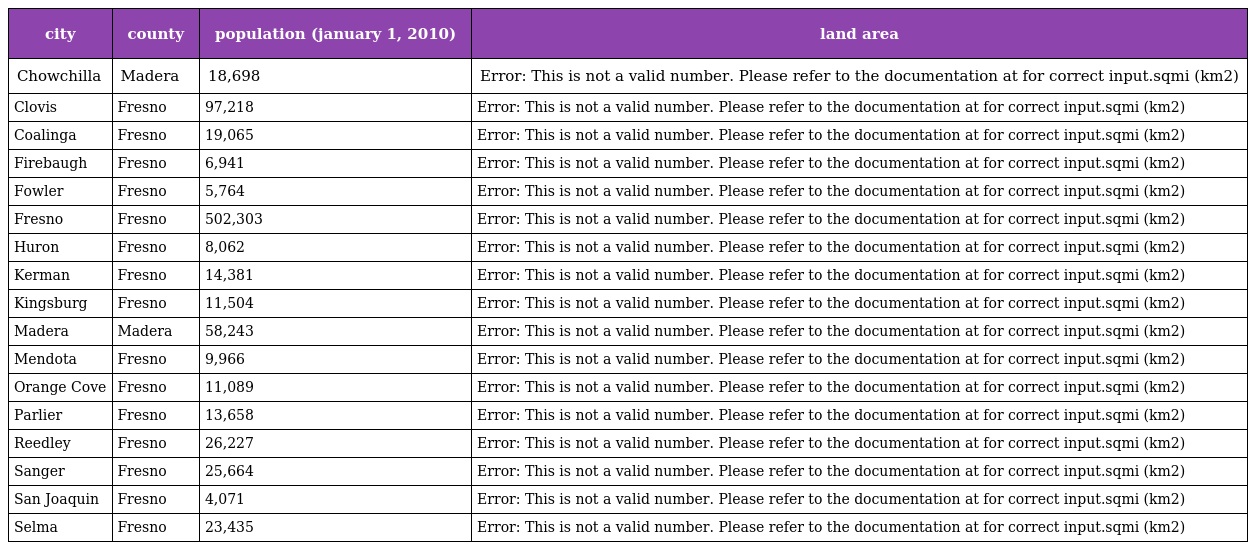
| city | county | population (january 1, 2010) | land area |
 | --- | --- | --- | --- |
 | Chowchilla | Madera | 18,698 | Error: This is not a valid number. Please refer to the documentation at for correct input.sqmi (km2) |
 | Clovis | Fresno | 97,218 | Error: This is not a valid number. Please refer to the documentation at for correct input.sqmi (km2) |
 | Coalinga | Fresno | 19,065 | Error: This is not a valid number. Please refer to the documentation at for correct input.sqmi (km2) |
 | Firebaugh | Fresno | 6,941 | Error: This is not a valid number. Please refer to the documentation at for correct input.sqmi (km2) |
 | Fowler | Fresno | 5,764 | Error: This is not a valid number. Please refer to the documentation at for correct input.sqmi (km2) |
 | Fresno | Fresno | 502,303 | Error: This is not a valid number. Please refer to the documentation at for correct input.sqmi (km2) |
 | Huron | Fresno | 8,062 | Error: This is not a valid number. Please refer to the documentation at for correct input.sqmi (km2) |
 | Kerman | Fresno | 14,381 | Error: This is not a valid number. Please refer to the documentation at for correct input.sqmi (km2) |
 | Kingsburg | Fresno | 11,504 | Error: This is not a valid number. Please refer to the documentation at for correct input.sqmi (km2) |
 | Madera | Madera | 58,243 | Error: This is not a valid number. Please refer to the documentation at for correct input.sqmi (km2) |
 | Mendota | Fresno | 9,966 | Error: This is not a valid number. Please refer to the documentation at for correct input.sqmi (km2) |
 | Orange Cove | Fresno | 11,089 | Error: This is not a valid number. Please refer to the documentation at for correct input.sqmi (km2) |
 | Parlier | Fresno | 13,658 | Error: This is not a valid number. Please refer to the documentation at for correct input.sqmi (km2) |
 | Reedley | Fresno | 26,227 | Error: This is not a valid number. Please refer to the documentation at for correct input.sqmi (km2) |
 | Sanger | Fresno | 25,664 | Error: This is not a valid number. Please refer to the documentation at for correct input.sqmi (km2) |
 | San Joaquin | Fresno | 4,071 | Error: This is not a valid number. Please refer to the documentation at for correct input.sqmi (km2) |
 | Selma | Fresno | 23,435 | Error: This is not a valid number. Please refer to the documentation at for correct input.sqmi (km2) |